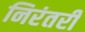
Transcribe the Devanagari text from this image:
निरंतरीं